Report on the lunatic asylums under the Government of Bombay - 1904-1913
Year: 1904
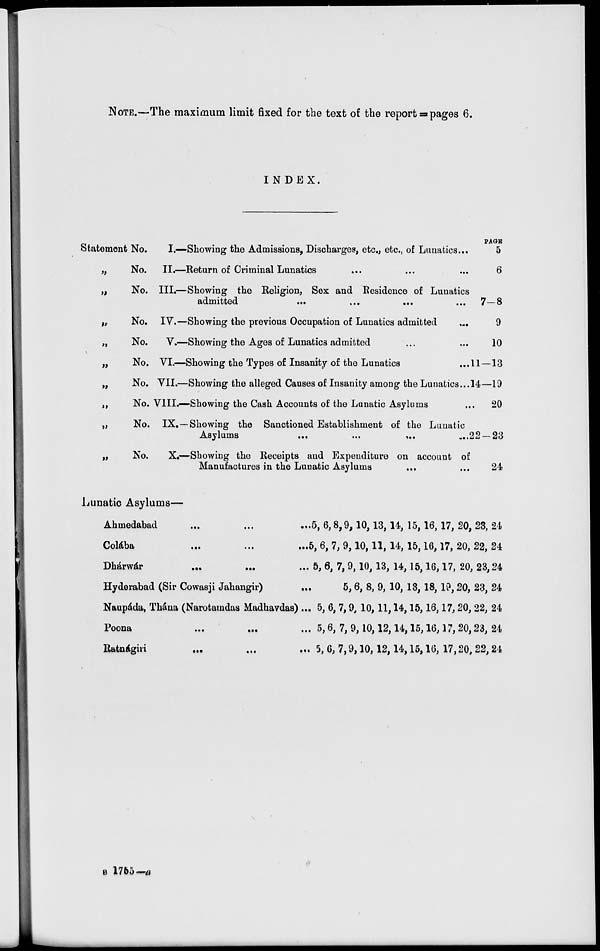
NOTE.—The maximum limit fixed for the text of the report =pages 6.
INDEX.
PAGE
Statement No.
I.—Showing the Admissions, Discharges, etc., etc., of Lunatics...
„
No.
II.—Return of Criminal Lunatics ... ... ...
„
No. III.—Showing the Religion, Sex and Residence of Lunatics
admitted
...
...
...
„
No. IV.—Showing the previous Occupation of Lunatics admitted...
„
No.
V.—Showing the Ages of Lunatics admitted ... ...
„
No. VI.—Showing the Types of Insanity of the Lunatics... ...
„
No. VII.—Showing the alleged Causes of Insanity among the Lunatics...
„
No. VIII—Showing the Cash Accounts of the Lunatic Asylums...
„
No. IX.—Showing the Sanctioned Establishment of the Lunatic
Asylums
...
...
...
...
„
No.
X.—Showing the Receipts and Expenditure on account of
Manufactures in the Lunatic Asylums ... ...
5
6
7—8
9
10
11—13
14—19
20
22—23
24
Lunatic Asylums—
Ahmedabad ... ... ...
Colába ... ... ...
Dhárwár
...
...
...
Hyderabad (Sir Cowasji Jahangir) ...
Naupáda, Thána (Narotamdas Madhavdas)...
Poona
...
...
...
Ratnágiri ... ... ...
5, 6, 8, 9, 10, 13, 14, 15,16,17, 20, 23, 24
5, 6, 7, 9,10,11, 14, 15,16,17, 20, 22, 24
5, 6, 7, 9,10,13, 14,15,16,17, 20, 23,24
5,6, 8, 9, 10, 13, 18, 19,20, 23, 24
5, 6, 7, 9, 10,11,14,15,16,17, 20, 22, 24
5, 6, 7, 9,10,12,14,15,16,17, 20,23, 24
5, 6, 7,9,10,12,14,15,16, 17,20, 22,24
B 1755—a